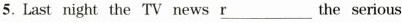
5. Last night the TV news ＼underline{r} the serious